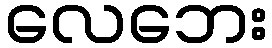
လေဘေး